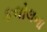
કલોલના